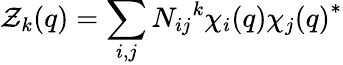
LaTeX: \mathcal{Z}_{k}(q)=\sum_{i,j}N_{ij}{}^{k}\chi_{i}(q){\chi_{j}(q)}^{*}